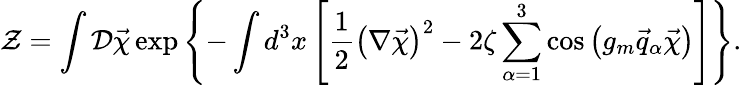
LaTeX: {\cal Z}=\int{\cal D}\vec{\chi}\exp\left\{ -\int d^{3}x\left[\frac 12\left(\nabla\vec{\chi}\right)^{2}-2\zeta\sum_{\alpha=1}^{3}\cos\left(g_{m}\vec{q}_{\alpha}\vec{\chi}\right)\right]\right\} .